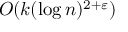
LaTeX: O ( k ( \log n ) ^ { 2 + \varepsilon } )